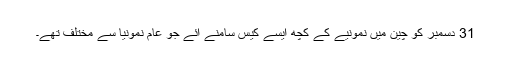
31 دسمبر کو چین میں نمونیے کے کچھ ایسے کیس سامنے آئے جو عام نمونیا سے مختلف تھے۔